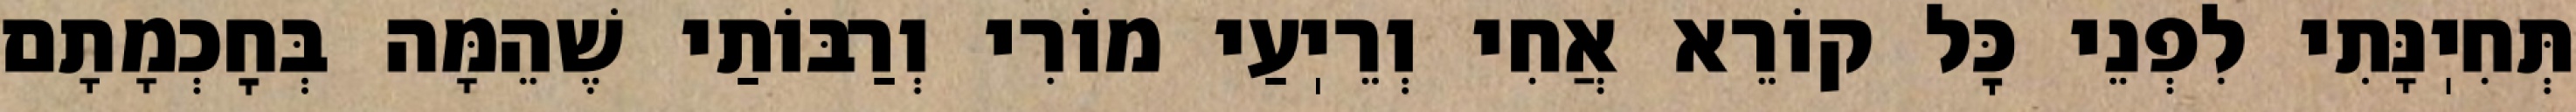
תְּחִיֽנָּתִי לִפְנֵי כׇּל קוֹרֵא אֲחִי וְרֵיֽעַי מוֹרִי וְרַבּוֹתַי שֶׁהֵמָּה בְּחׇכְמָתָם